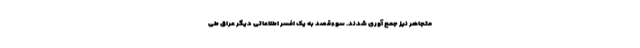
متجاهر نیز جمع آوری شدند. سوءقصد به یک افسر اطلاعاتی دیگر عراق طی